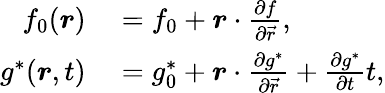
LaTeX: \begin{array}{rl}{f_{0}(\boldsymbol{r})}&{{}=f_{0}+\boldsymbol{r}\cdot\frac{\partial f}{\partial\vec{r}},}\\ {g^{\ast}(\boldsymbol{r},t)}&{{}=g_{0}^{\ast}+\boldsymbol{r}\cdot\frac{\partial g^{\ast}}{\partial\vec{r}}+\frac{\partial g^{\ast}}{\partial t}t,}\end{array}